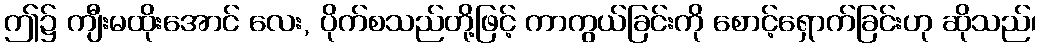
ဤ၌ ကျီးမထိုးအောင် လေး, ပိုက်စသည်တို့ဖြင့် ကာကွယ်ခြင်းကို စောင့်ရှောက်ခြင်းဟု ဆိုသည်၊